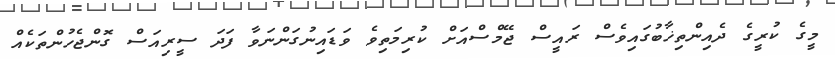
މީގެ ކުރީގެ ދެއިންތިޚާބުގައިވެސް ރައީސް ޖޭމްސްއަށް ކުރިމަތިވެ ވަޑައިނުގަންނަވާ ފަދަ ސީރިއަސް ގޮންޖެހުންތަކެއް